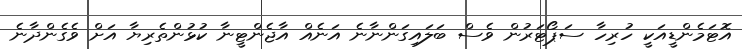
އޮޓަމެންޑީއަކީ ހުރިހާ ސަޕޯޓަރުން ވެސް ބަލައިގަންނާނެ އަނެއް އާޖެންޓީނާ ކުޅުންތެރިޔާ އަށް ވެގެންދާނެ